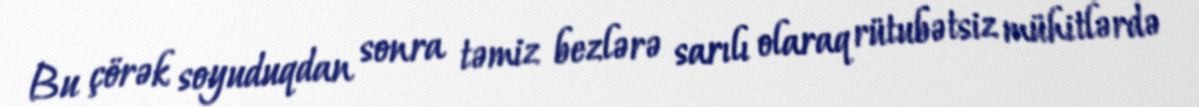
Bu çörək soyuduqdan sonra təmiz bezlərə sarılı olaraq rütubətsiz mühitlərdə